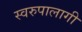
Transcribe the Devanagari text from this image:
स्वरुपालागी